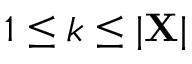
1 \leq k \leq | \mathbf { X } |